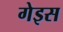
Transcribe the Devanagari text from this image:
गेइस